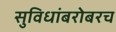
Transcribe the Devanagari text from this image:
सुविधांबरोबरच